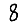
Digit: 8